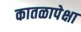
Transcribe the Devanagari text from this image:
कातळापेक्षा